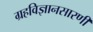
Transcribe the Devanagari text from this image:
ग्रहविज्ञानसारणी